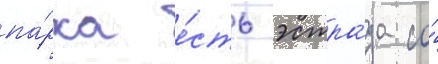
па́рка е́сть эстра́да со́